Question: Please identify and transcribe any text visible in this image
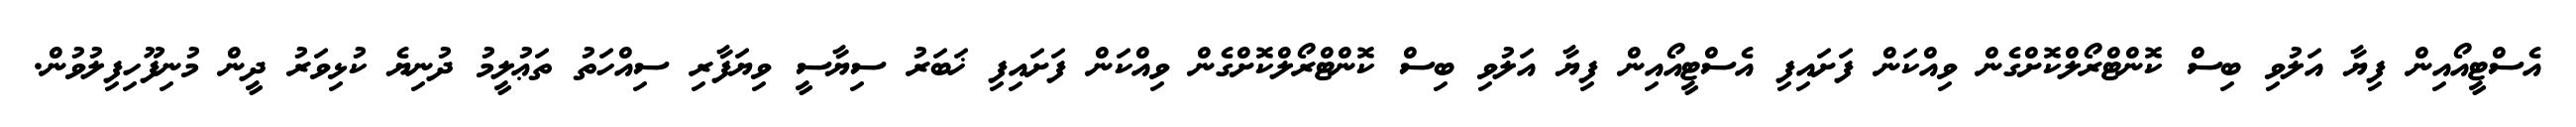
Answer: އެސްޓީއޯއިން ފިޔާ އަލުވި ބިސް ކޮންޓްރޯލްކޮށްގެން ވިއްކަން ފަށައިފި އެސްޓީއޯއިން ފިޔާ އަލުވި ބިސް ކޮންޓްރޯލްކޮށްގެން ވިއްކަން ފަށައިފި ޚަބަރު ސިޔާސީ ވިޔަފާރި ސިއްހަތު ތަޢުލީމު ދުނިޔެ ކުޅިވަރު ދީން މުނިފޫހިފިލުވުން.